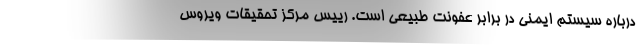
درباره سیستم ایمنی در برابر عفونت طبیعی است. رییس مرکز تحقیقات ویروس